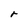
Character: r